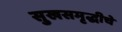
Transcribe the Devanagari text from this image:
सुखसमृद्धीचे